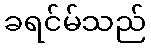
ခရင်မ်သည်